65_HS1-834228961_62-HQ-83894_Section_10
Agency: FBI
Page 88
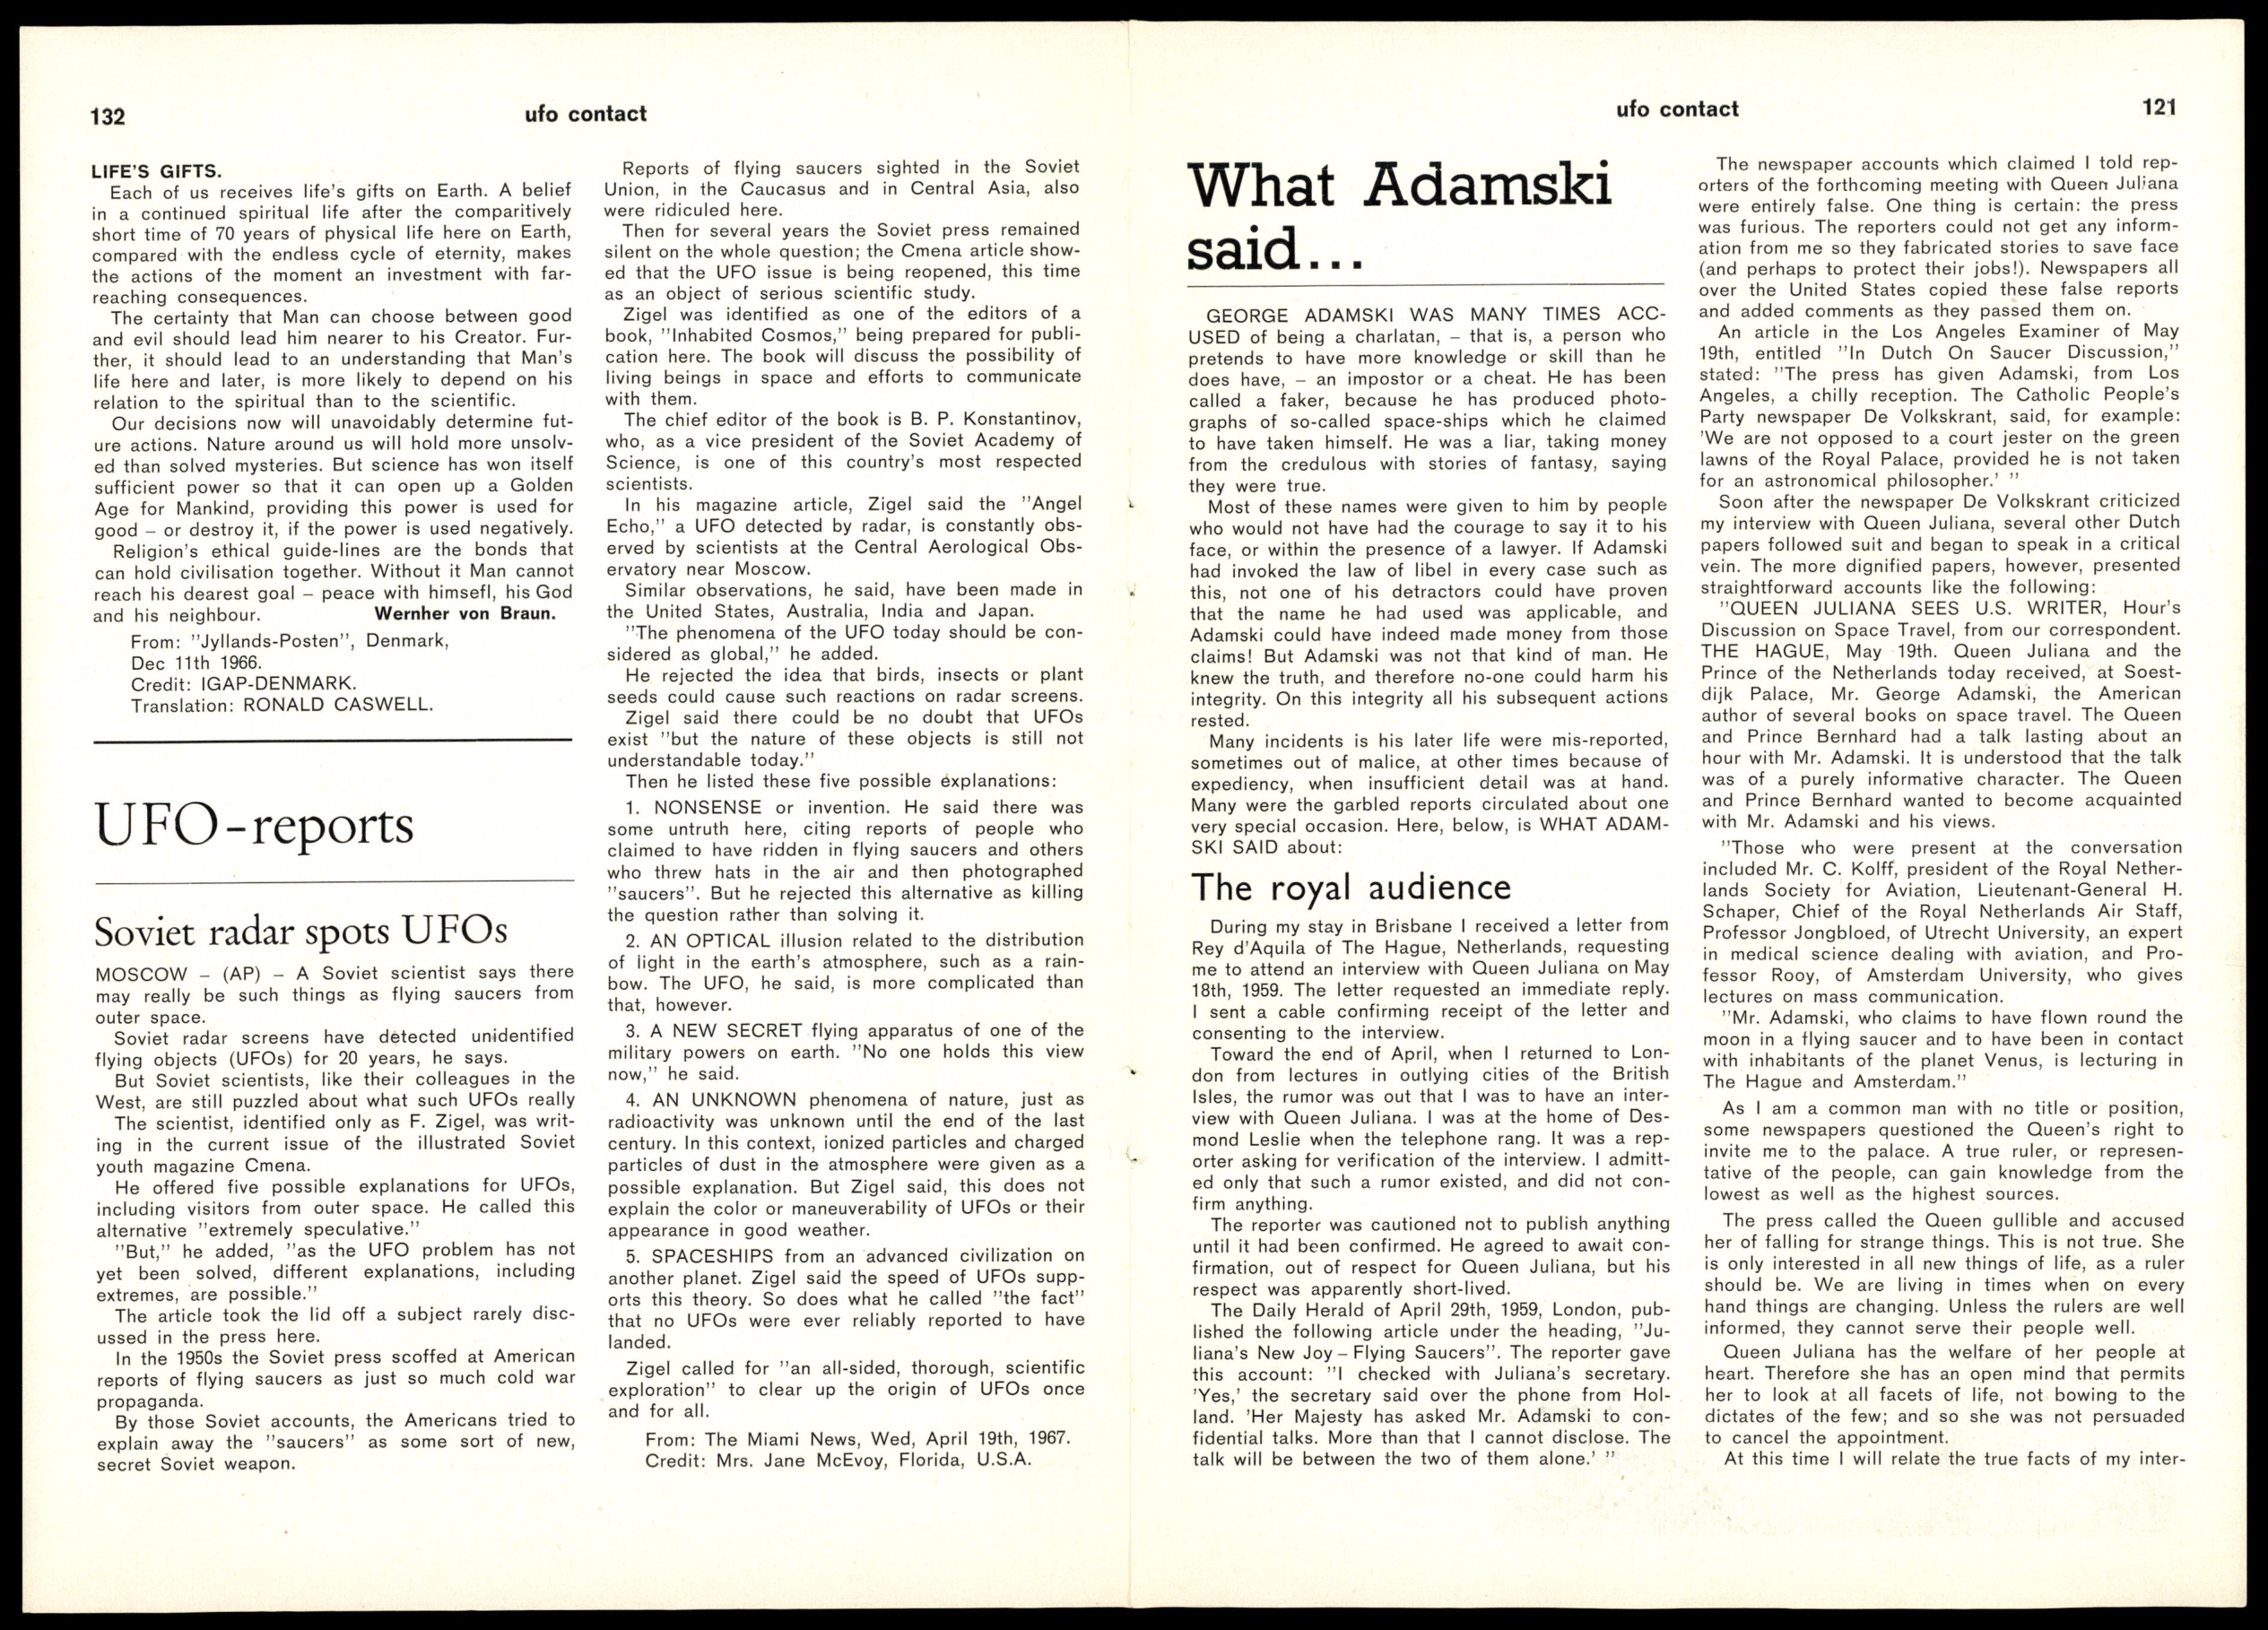